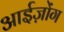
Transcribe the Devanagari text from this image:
आईज़ोंग